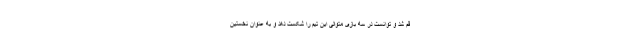
قم شد و توانست در سه بازی متوالی این تیم را شکست دهد و به عنوان نخستین